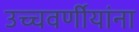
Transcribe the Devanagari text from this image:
उच्चवर्णीयांना